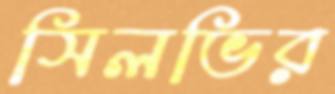
সিলভির